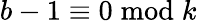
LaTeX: b-1\equiv 0{\bmod{k}}